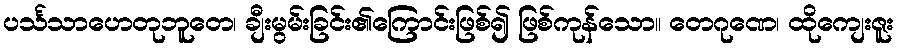
ပင်္သသာဟေတုဘူတေ၊ ချီးမွမ်းခြင်း၏ကြောင်းဖြစ်၍ ဖြစ်ကုန်သော။ တေဂုဏေ၊ ထိုကျေးဇူး